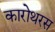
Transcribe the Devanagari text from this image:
कारोथरस